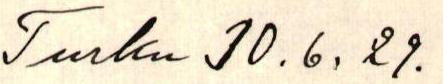
Turku 10.6.29.